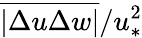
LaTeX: \overline{{|\Delta u\Delta w|}}/u_{*}^{2}